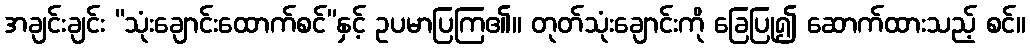
အချင်းချင်း “သုံးချောင်းထောက်စင်”နှင့် ဥပမာပြကြ၏။ တုတ်သုံးချောင်းကို ခြေပြု၍ ဆောက်ထားသည့် စင်။